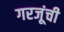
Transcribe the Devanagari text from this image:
गरजूंची